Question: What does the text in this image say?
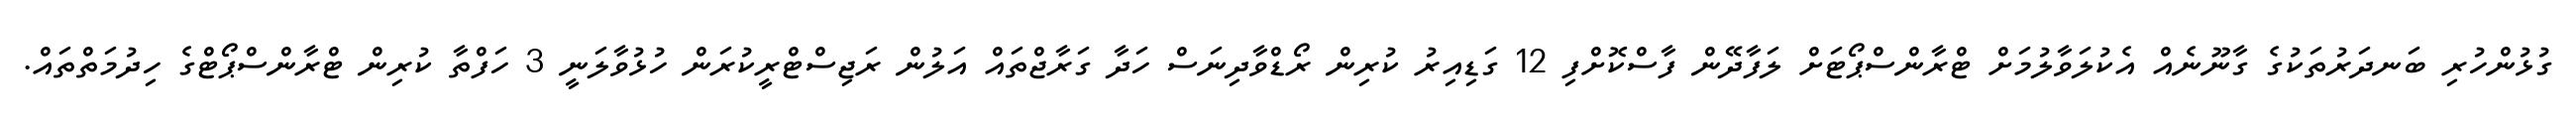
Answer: ގުޅުންހުރި ބަނދަރުތަކުގެ ގާނޫނެއް އެކުލަވާލުމަށް ޓްރާންސްޕޯޓަށް ލަފާދޭން ފާސްކޮށްފި 12 ގަޑިއިރު ކުރިން ރޯޑްވާދިނަސް ހަދާ ގަރާޖްތައް އަލުން ރަޖިސްޓްރީކުރަން ހުޅުވާލަނީ 3 ހަފްތާ ކުރިން ޓްރާންސްޕޯޓްގެ ހިދުމަތްތައް.